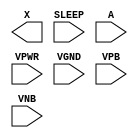
/**
 * Copyright 2020 The SkyWater PDK Authors
 *
 * Licensed under the Apache License, Version 2.0 (the "License");
 * you may not use this file except in compliance with the License.
 * You may obtain a copy of the License at
 *
 *     https://www.apache.org/licenses/LICENSE-2.0
 *
 * Unless required by applicable law or agreed to in writing, software
 * distributed under the License is distributed on an "AS IS" BASIS,
 * WITHOUT WARRANTIES OR CONDITIONS OF ANY KIND, either express or implied.
 * See the License for the specific language governing permissions and
 * limitations under the License.
 *
 * SPDX-License-Identifier: Apache-2.0
 */

`ifndef SKY130_FD_SC_HD__LPFLOW_ISOBUFSRC_PP_BLACKBOX_V
`define SKY130_FD_SC_HD__LPFLOW_ISOBUFSRC_PP_BLACKBOX_V

/**
 * lpflow_isobufsrc: Input isolation, noninverted sleep.
 *
 *                   X = (!A | SLEEP)
 *
 * Verilog stub definition (black box with power pins).
 *
 * WARNING: This file is autogenerated, do not modify directly!
 */

`timescale 1ns / 1ps
`default_nettype none

(* blackbox *)
module sky130_fd_sc_hd__lpflow_isobufsrc (
    X    ,
    SLEEP,
    A    ,
    VPWR ,
    VGND ,
    VPB  ,
    VNB
);

    output X    ;
    input  SLEEP;
    input  A    ;
    input  VPWR ;
    input  VGND ;
    input  VPB  ;
    input  VNB  ;
endmodule

`default_nettype wire
`endif  // SKY130_FD_SC_HD__LPFLOW_ISOBUFSRC_PP_BLACKBOX_V